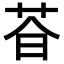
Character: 𬜩